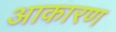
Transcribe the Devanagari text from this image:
आकारण